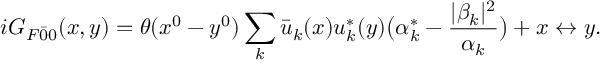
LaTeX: i G _ { F \bar { 0 } { 0 } } ( x , y ) = \theta ( x ^ { 0 } - y ^ { 0 } ) \sum _ { k } \bar { u } _ { k } ( x ) u _ { k } ^ { * } ( y ) \bigl ( \alpha _ { k } ^ { * } - \frac { | \beta _ { k } | ^ { 2 } } { \alpha _ { k } } \bigr ) + x \leftrightarrow y .